Annual report on the Civil Veterinary Department, Burma (including the Insein Veterinary School) - 1932-1941
Year: 1932
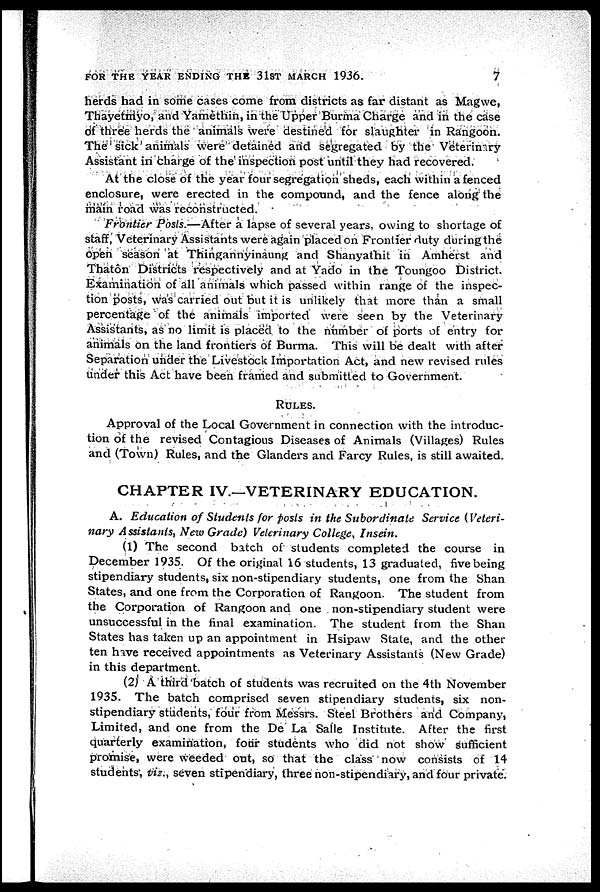
FOR THE YEAR ENDING THE 31ST MARCH 1936.
7
herds had in some cases come from districts as far distant as Magwe,
Thayetmyo, and Yamèthin, in the Upper Burma Charge and in the case
of three herds the animals were destined for slaughter in Rangoon.
The sick animals were detained and segregated by the Veterinary
Assistant in charge of the inspection post until they had recovered.
At the close of the year four segregation sheds, each within a fenced
enclosure, were erected in the compound, and the fence along the
main road was reconstructed.
Frontier Posts.—After a lapse of several years, owing to shortage of
staff, Veterinary Assistants were again placed on Frontier duty during the
open season at Thingannyinaung and Shanyathit in Amherst and
Thatôn Districts respectively and at Yado in the Toungoo District.
Examination of all animals which passed within range of the inspec-
tion posts, was carried out but it is unlikely that more than a small
percentage of the animals imported were seen by the Veterinary
Assistants, as no limit is placed to the number of ports of entry for
animals on the land frontiers of Burma. This will be dealt with after
Separation under the Livestock Importation Act, and new revised rules
under this Act have been framed and submitted to Government.
RULES.
Approval of the Local Government in connection with the introduc-
tion of the revised Contagious Diseases of Animals (Villages) Rules
and (Town) Rules, and the Glanders and Farcy Rules, is still awaited.
CHAPTER IV.—VETERINARY EDUCATION.
A. Education of Students for posts in the Subordinate Service (Veteri-
nary Assistants, New Grade) Veterinary College, Insein.
(1) The second batch of students completed the course in
December 1935. Of the original 16 students, 13 graduated, five being
stipendiary students, six non-stipendiary students, one from the Shan
States, and one from the Corporation of Rangoon. The student from
the Corporation of Rangoon and one non-stipendiary student were
unsuccessful in the final examination. The student from the Shan
States has taken up an appointment in Hsipaw Stale, and the other
ten have received appointments as Veterinary Assistants (New Grade)
in this department.
(2) A third batch of students was recruited on the 4th November
1935. The batch comprised seven stipendiary students, six non-
stipendiary students, four from Messrs. Steel Brothers and Company,
Limited, and one from the De La Salle Institute. After the first
quarterly examination, four students who did not show sufficient
promise, were weeded out, so that the class now consists of 14
students, viz., seven stipendiary, three non-stipendiary, and four private.